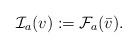
LaTeX: \begin{align*}\mathcal{I}_a(v) := \mathcal{F}_a(\bar{v}).\end{align*}